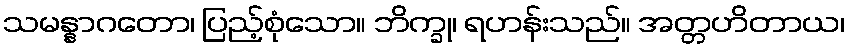
သမန္နာဂတော၊ ပြည့်စုံသော။ ဘိက္ခု၊ ရဟန်းသည်။ အတ္တဟိတာယ၊